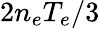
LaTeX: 2n_{e}T_{e}/3